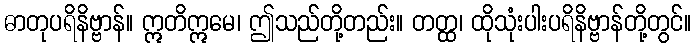
ဓာတုပရိနိဗ္ဗာန်။ ဣတိဣမေ၊ ဤသည်တို့တည်း။ တတ္ထ၊ ထိုသုံးပါးပရိနိဗ္ဗာန်တို့တွင်။